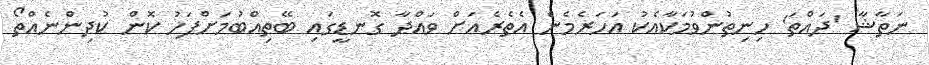
ނަތާޝާ 'ދައްތަ' ހިނިތުންވުމަކާއެކު އަހަރެމެން އެެތެރެއަށް ވައްދާ ގޮނޑީގައި ބޭތިއްބުމަށްފަހު ކޮން ކުދިންނެއްތޯ